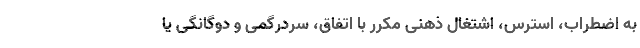
به اضطراب، استرس، اشتغال ذهنی مکرر با اتفاق، سردرگمی‌ و دوگانگی یا